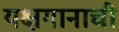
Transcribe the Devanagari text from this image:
यक्षगानाची